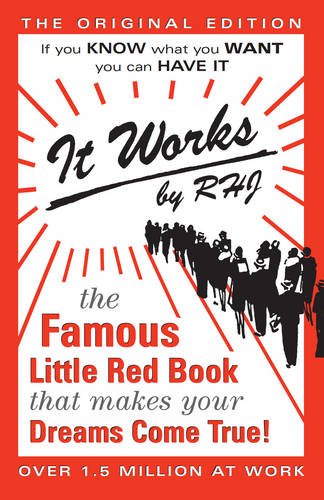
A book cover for It Works: The Famous Little Red Book That Makes Your Dreams Come True!; RHJ; Religion & Spirituality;